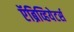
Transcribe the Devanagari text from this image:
ऍब्रिव्हियेटर्स